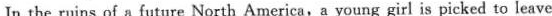
In the ruins of a future North America,a young girl is picked to leave